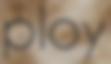
ploy